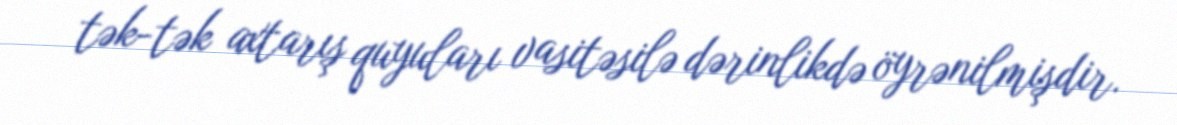
tək-tək axtarış quyuları vasitəsilə dərinlikdə öyrənilmişdir.